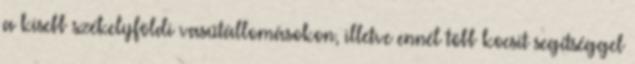
a kisebb székelyföldi vasútállomásokon, illetve ennél több kocsit segítséggel